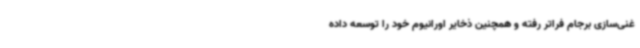
غنی‌سازی برجام فراتر رفته و همچنین ذخایر اورانیوم خود را توسعه داده